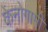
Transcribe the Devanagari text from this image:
केनोगामी